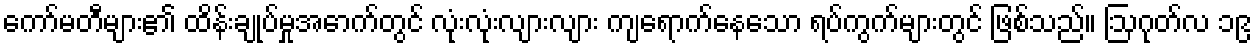
ကော်မတီများ၏ ထိန်းချုပ်မှုအောက်တွင် လုံးလုံးလျားလျား ကျရောက်နေသော ရပ်ကွက်များတွင် ဖြစ်သည်။ ဩဂုတ်လ ၁၉